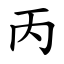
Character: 丙